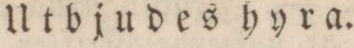
Utbjudes hyra.